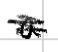
Text: a
Cross-out: mix
Writing tool: digital_black